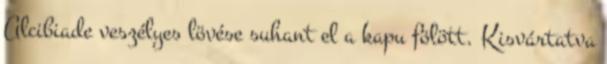
Alcibiade veszélyes lövése suhant el a kapu fölött. Kisvártatva